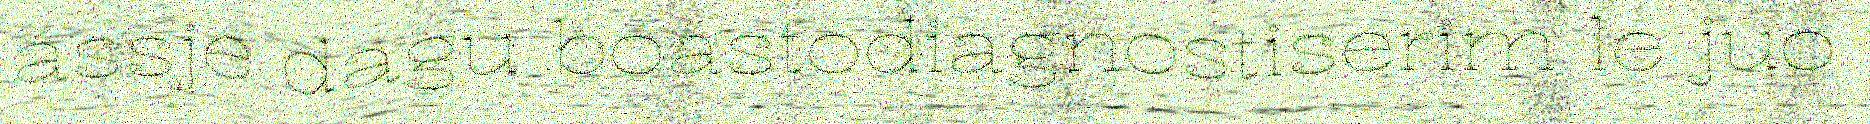
ássje dagu boastodiagnostiserim le juo